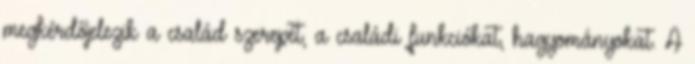
megkérdőjelezik a család szerepét, a családi funkciókat, hagyományokat. A